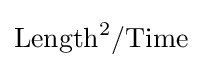
{\text{Length}}^{2}/{\text{Time}}